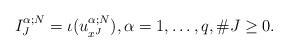
LaTeX: \begin{align*}I^{\alpha;N}_{J} = \iota(u^{\alpha;N}_{x^J}),\alpha=1,\ldots,q,\# J \geq 0.\end{align*}